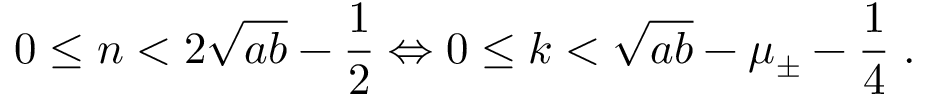
0 \leq \mathscr { n } < 2 \sqrt { a b } - \frac { 1 } { 2 } \Leftrightarrow 0 \leq \mathscr { k } < \sqrt { a b } - \mu _ { \pm } - \frac { 1 } { 4 } \; .